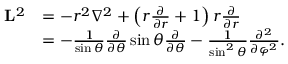
{ \begin{array} { r l } { \mathbf { L } ^ { 2 } } & { = - r ^ { 2 } \nabla ^ { 2 } + \left( r { \frac { \partial } { \partial r } } + 1 \right) r { \frac { \partial } { \partial r } } } \\ & { = - { \frac { 1 } { \sin \theta } } { \frac { \partial } { \partial \theta } } \sin \theta { \frac { \partial } { \partial \theta } } - { \frac { 1 } { \sin ^ { 2 } \theta } } { \frac { \partial ^ { 2 } } { \partial \varphi ^ { 2 } } } . } \end{array} }